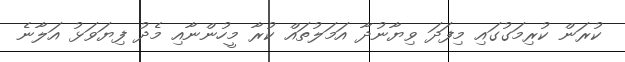
ކުރަން ކުރިމަގުގައި މިފަދަ ވިޔާނުދާ އަމަލުތައް ކުރާ މީހުންނާއި މެދު ފިޔަވަޅު އަލާނެ